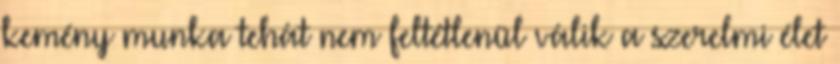
kemény munka tehát nem feltétlenül válik a szerelmi élet